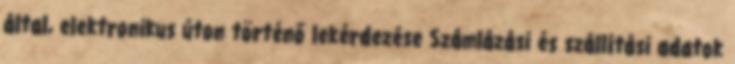
által, elektronikus úton történő lekérdezése Számlázási és szállítási adatok